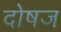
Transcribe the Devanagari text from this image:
दोषज